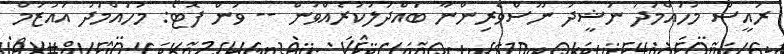
ރައީސް މުހައްމަދު ނަޝީދު ނޫސްވެރިންނާ ބައްދަލުކުރެއްވުން -- ވަން ފޮޓޯ: މުހައްމަދު އައުޒަމް